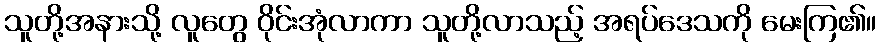
သူတို့အနားသို့ လူတွေ ဝိုင်းအုံလာကာ သူတို့လာသည့် အရပ်ဒေသကို မေးကြ၏။